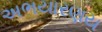
અભયારણય